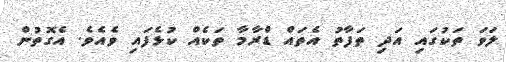
ލަވަ ތަކުގައި އަދި ތަފާތު އެތައް ޑްރާމާ ތަކެއް ކުޅެފައި ވެއެވެ. އެގޮތުން